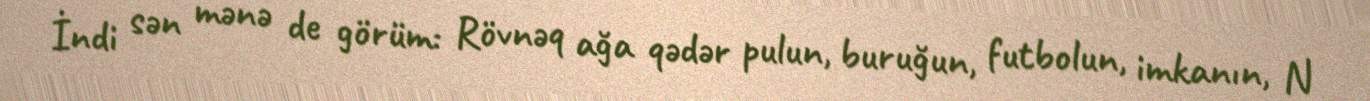
İndi sən mənə de görüm: Rövnəq ağa qədər pulun, buruğun, futbolun, imkanın, N